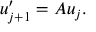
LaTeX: u _ { j + 1 } ^ { \prime } = A u _ { j } .